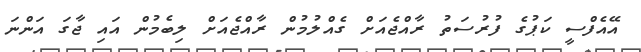
އޭއެފްސީ ކަޕުގެ ފުރުސަތު ރާއްޖެއަށް ގެއްލުމުން ރާއްޖެއަށް ލިބެމުން އައި ޖާގަ އަންނަ